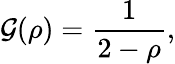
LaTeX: \mathcal{G}(\rho)=\frac{{1}}{{2-\rho}},